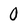
Character: 0